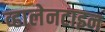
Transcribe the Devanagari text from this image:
व्हालेनटाइन